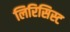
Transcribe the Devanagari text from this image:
लिरिसिस्ट